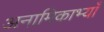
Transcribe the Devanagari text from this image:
अनामिकाभ्याँ